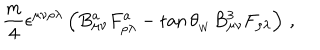
{ \frac { m } { 4 } } \epsilon ^ { \mu \nu \rho \lambda } \left( B _ { \mu \nu } ^ { a } F _ { \rho \lambda } ^ { a } - \tan \theta _ { _ W } B _ { \mu \nu } ^ { 3 } F _ { \rho \lambda } ^ { } \right) \, ,